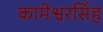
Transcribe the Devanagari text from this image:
कामेश्वरसिंह